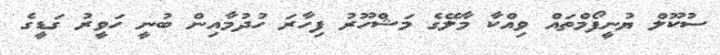
ސުކޫލް ޔުނީފޯމްތައް ވިއްކާ މާލޭގެ މަޝްހޫރު ފިހާރަ ހުދުމާއިން ބުނީ ހަވީރު ގަޑީގެ